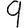
Digit: 9